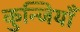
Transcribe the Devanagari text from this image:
कुन्जियाँ